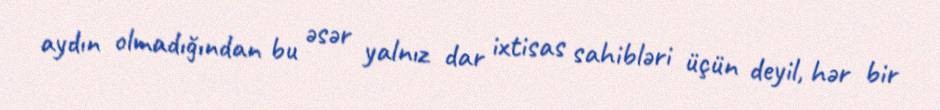
aydın olmadığından bu əsər yalnız dar ixtisas sahibləri üçün deyil, hər bir